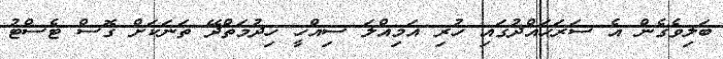
ބަލިވެގެން އެ ސަރަހައްދުގައި ހުރި އަމިއްލަ ސިއްހީ ހިދުމަތްދޭ ތަނަކަށް ގޮސް ޓެސްޓު